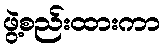
ဖွဲ့စည်းထားကာ